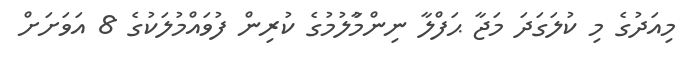
މިއަދުގެ މި ކުލަގަދަ މަޖާ ޙަފްލާ ނިންމާުލުމުގެ ކުރިން ފުވައްމުލަކުގެ 8 އަވަށަށް